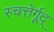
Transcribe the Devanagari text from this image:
स्चत्तेर्गूद्